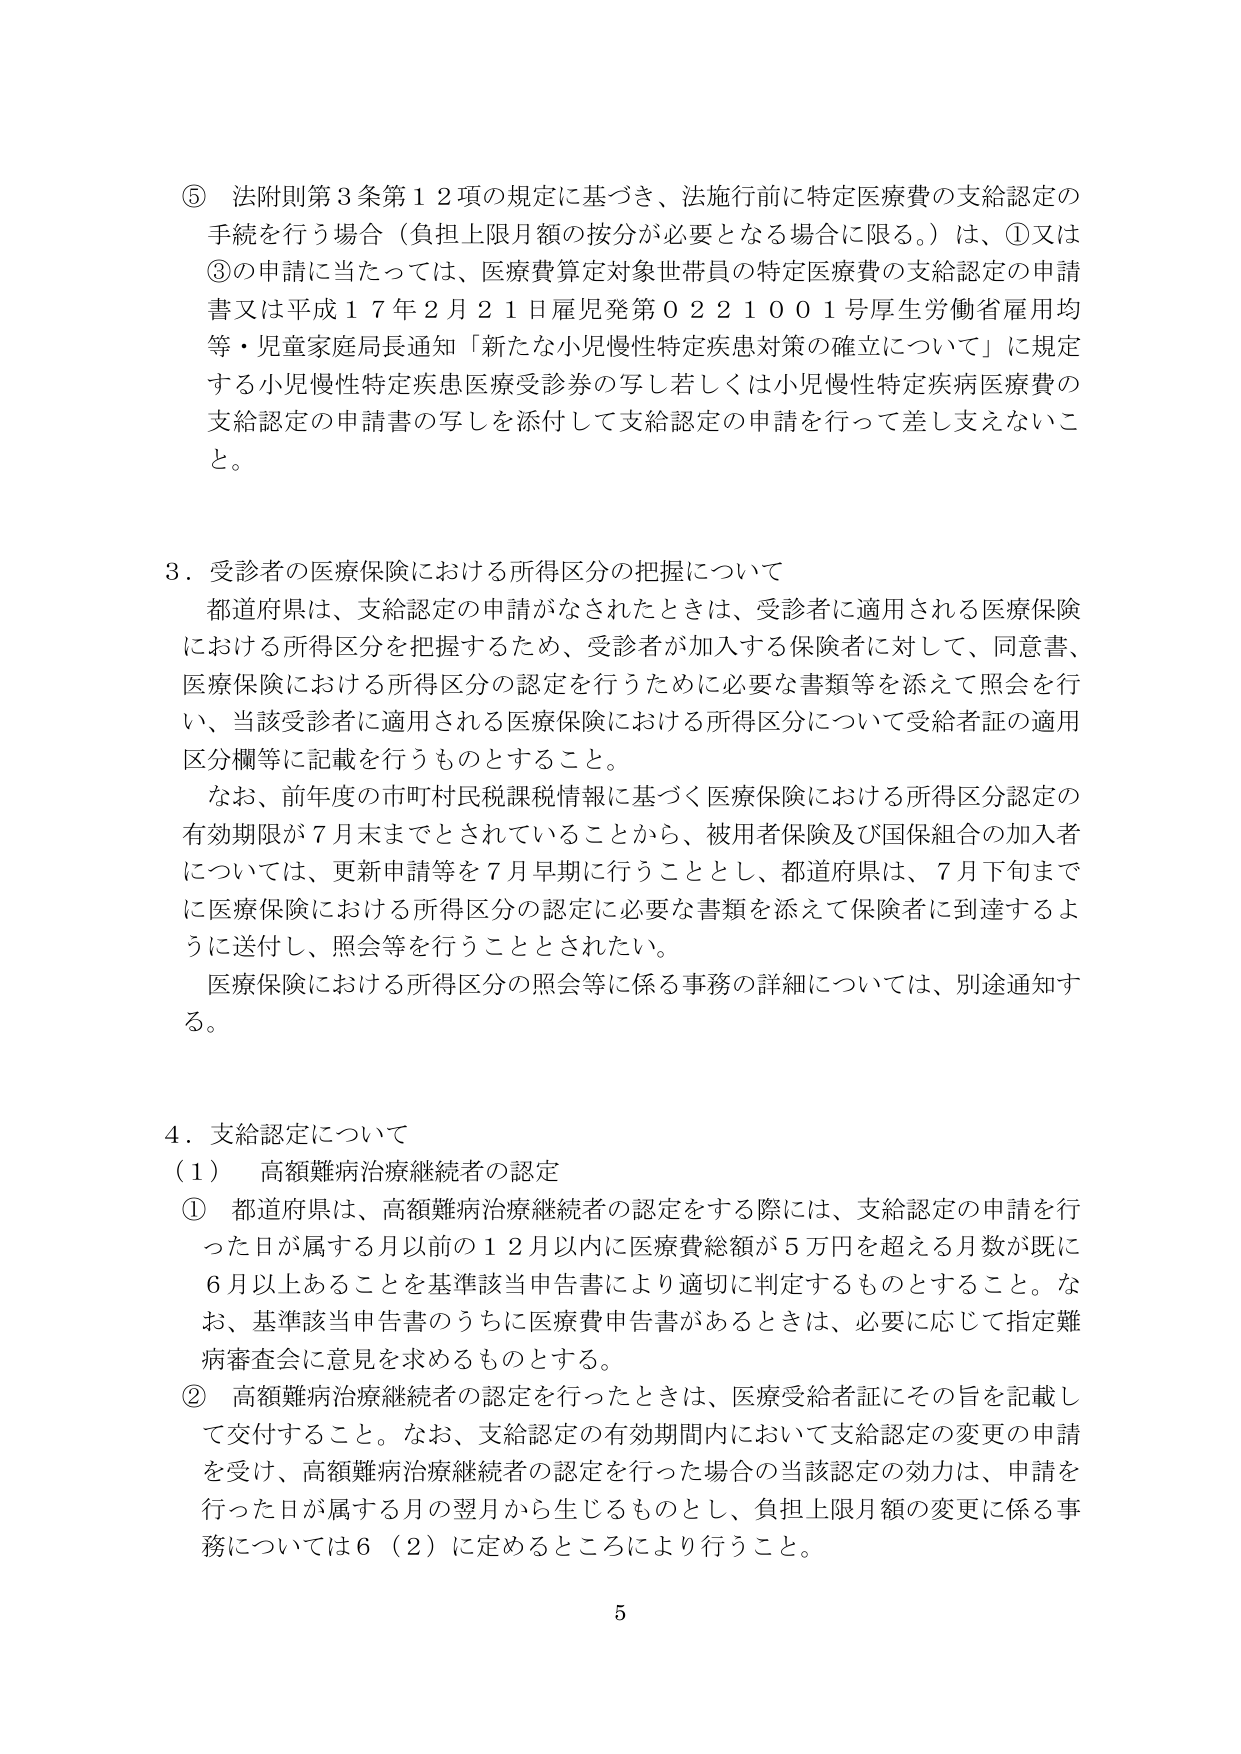
⑤ 法附則第３条第１２項の規定に基づき、法施行前に特定医療費の支給認定の手続を行う場合（負担上限月額の按分が必要となる場合に限る。）は、①又は③の申請に当たっては、医療費算定対象世帯員の特定医療費の支給認定の申請書又は平成１７年２月２１日雇児発第０２２１００１号厚生労働省雇用均等・児童家庭局長通知「新たな小児慢性特定疾患対策の確立について」に規定する小児慢性特定疾患医療受診券の写し若しくは小児慢性特定疾病医療費の支給認定の申請書の写しを添付して支給認定の申請を行って差し支えないこと。

３．受診者の医療保険における所得区分の把握について
都道府県は、支給認定の申請がなされたときは、受診者に適用される医療保険における所得区分を把握するため、受診者が加入する保険者に対して、同意書、医療保険における所得区分の認定を行うために必要な書類等を添えて照会を行い、当該受診者に適用される医療保険における所得区分について受給者証の適用区分欄等に記載を行うものとする。
なお、前年度の市町村民税課税情報に基づく医療保険における所得区分認定の有効期限が７月末までとされていることから、被用者保険及び国保組合の加入者については、更新申請等を７月早期に行うこととし、都道府県は、７月下旬までに医療保険における所得区分の認定に必要な書類を添えて保険者に到達するように送付し、照会等を行うこととされたい。
医療保険における所得区分の照会等に係る事務の詳細については、別途通知する。

４．支給認定について
（１） 高額難病治療継続者の認定
① 都道府県は、高額難病治療継続者の認定をする際には、支給認定の申請を行った日が属する月以前の１２月以内に医療費総額が５万円を超える月数が既に６月以上あることを基準該当申告書により適切に判定するものとする。なお、基準該当申告書のうちに医療費申告書があるときは、必要に応じて指定難病審査会に意見を求めるものとする。
② 高額難病治療継続者の認定を行ったときは、医療受給者証にその旨を記載して交付すること。なお、支給認定の有効期間内において支給認定の変更の申請を受け、高額難病治療継続者の認定を行った場合の当該認定の効力は、申請を行った日が属する月の翌月から生じるものとし、負担上限月額の変更に係る事務については６（２）に定めるところにより行うこと。

5